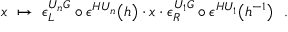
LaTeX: x \ \mapsto \ \epsilon _ { L } ^ { U _ { n } G } \circ \epsilon ^ { H U _ { n } } \bigl ( h \bigr ) \cdot x \cdot \epsilon _ { R } ^ { U _ { 1 } G } \circ \epsilon ^ { H U _ { 1 } } \bigl ( h ^ { - 1 } \bigr ) \ \ .